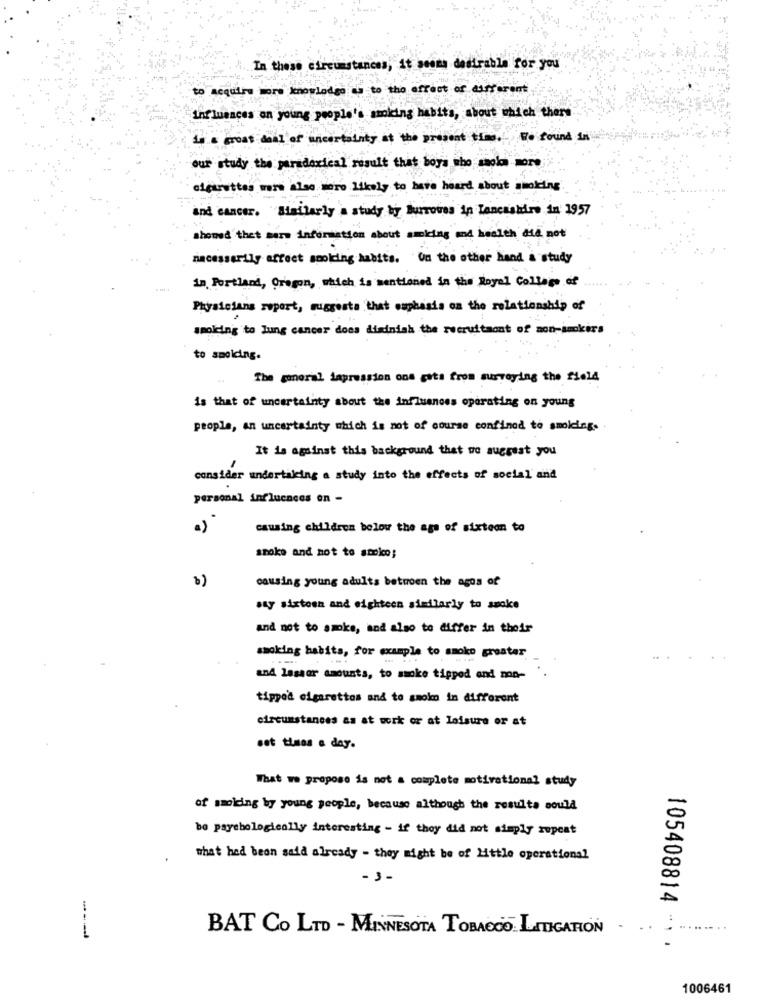
In these circumstances, it seems desirable for you
to acquire more knowledge as to tho efract of dastarant
Influences on young people's smoking habits, about which there
14.& great deal of uncertainty at the present time."We found in
our study the paradoxical result that boys who smoke More
cigarettes wars also were likely to have heard about smoking
and cancer. Similarly a study by Burrowes in Lancashire in 1957
showed that mere information about smoking and health die not
necessarily effect smoking habits. On the other hand a study
in Portland, Oregon, which is mentioned in the Royal College of
Physicians report, suggests that cuphasis on the relationship of
smoking to lung cancer does diminish the recruitaont of non-smokers
to smolcing.
The general lapression ons gats from surveying the field
is that of uncertainty about the influences operating on young
people, an uncertainty which is not of course confined to smolding.
It is against this background that we suggest you
1
consider undertaking a study into the effects of social and
.
personal influences on -
a)
causing children below the age of sixteen to
smoke and not to smokco;
b)
causing young adults betroen the ages of
say sixtoen and eighteen similarly to smoke
and not to smoke, and also to differ in their
smoking habits, for example to smoke greatar
and lessor amounts, to smoke tipped and ma-
tipped cigarettes and to smoke in different
circumstances as at work or at leisure or at
set times a day.
What we propose is not a complete motivational study
of smoicing by young people, because although the resulta could
be payebelogically interesting - if they did not simply repeat
what had been said already - they might be of little operational
- 3-
BAT Co LTD - MINNESOTA TOBACCO LITIGATION .
105408814 ***
1006461